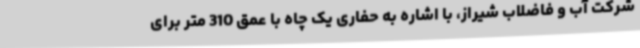
شرکت آب و فاضلاب شیراز، با اشاره به حفاری یک چاه با عمق 310 متر برای